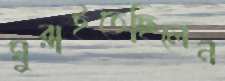
ঘুরাইতেছিলেন